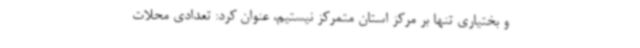
و بختیاری تنها بر مرکز استان متمرکز نیستیم، عنوان کرد: تعدادی محلات